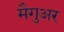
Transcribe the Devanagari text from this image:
मैगुअर